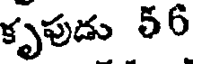
కృపుడు 56